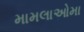
મામલાઓમા